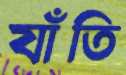
যাঁতি